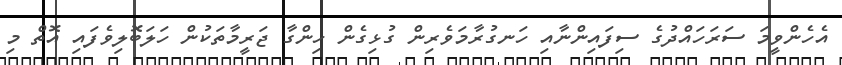
އެހެންވީމަ ސަރަހައްދުގެ ސިފައިންނާއި ހަނގުރާމަވެރިން ގުޅިގެން ހިންގާ ޖަރީމާތަކުން ހަލަބޮލިވެފައި އޮތް މި